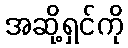
အဆို့ရှင်ကို